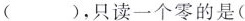
( )，只读一个零的是(